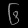
Digit: ၆